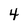
Character: 4